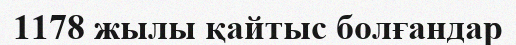
1178 жылы қайтыс болғандар